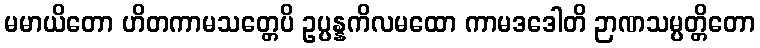
မမာယိတော ဟိတကာမသတ္တေပိ ဥပ္ပန္နကိလမထော ကာမဒဒေါတိ ဉာဏသမ္ပတ္တိတော